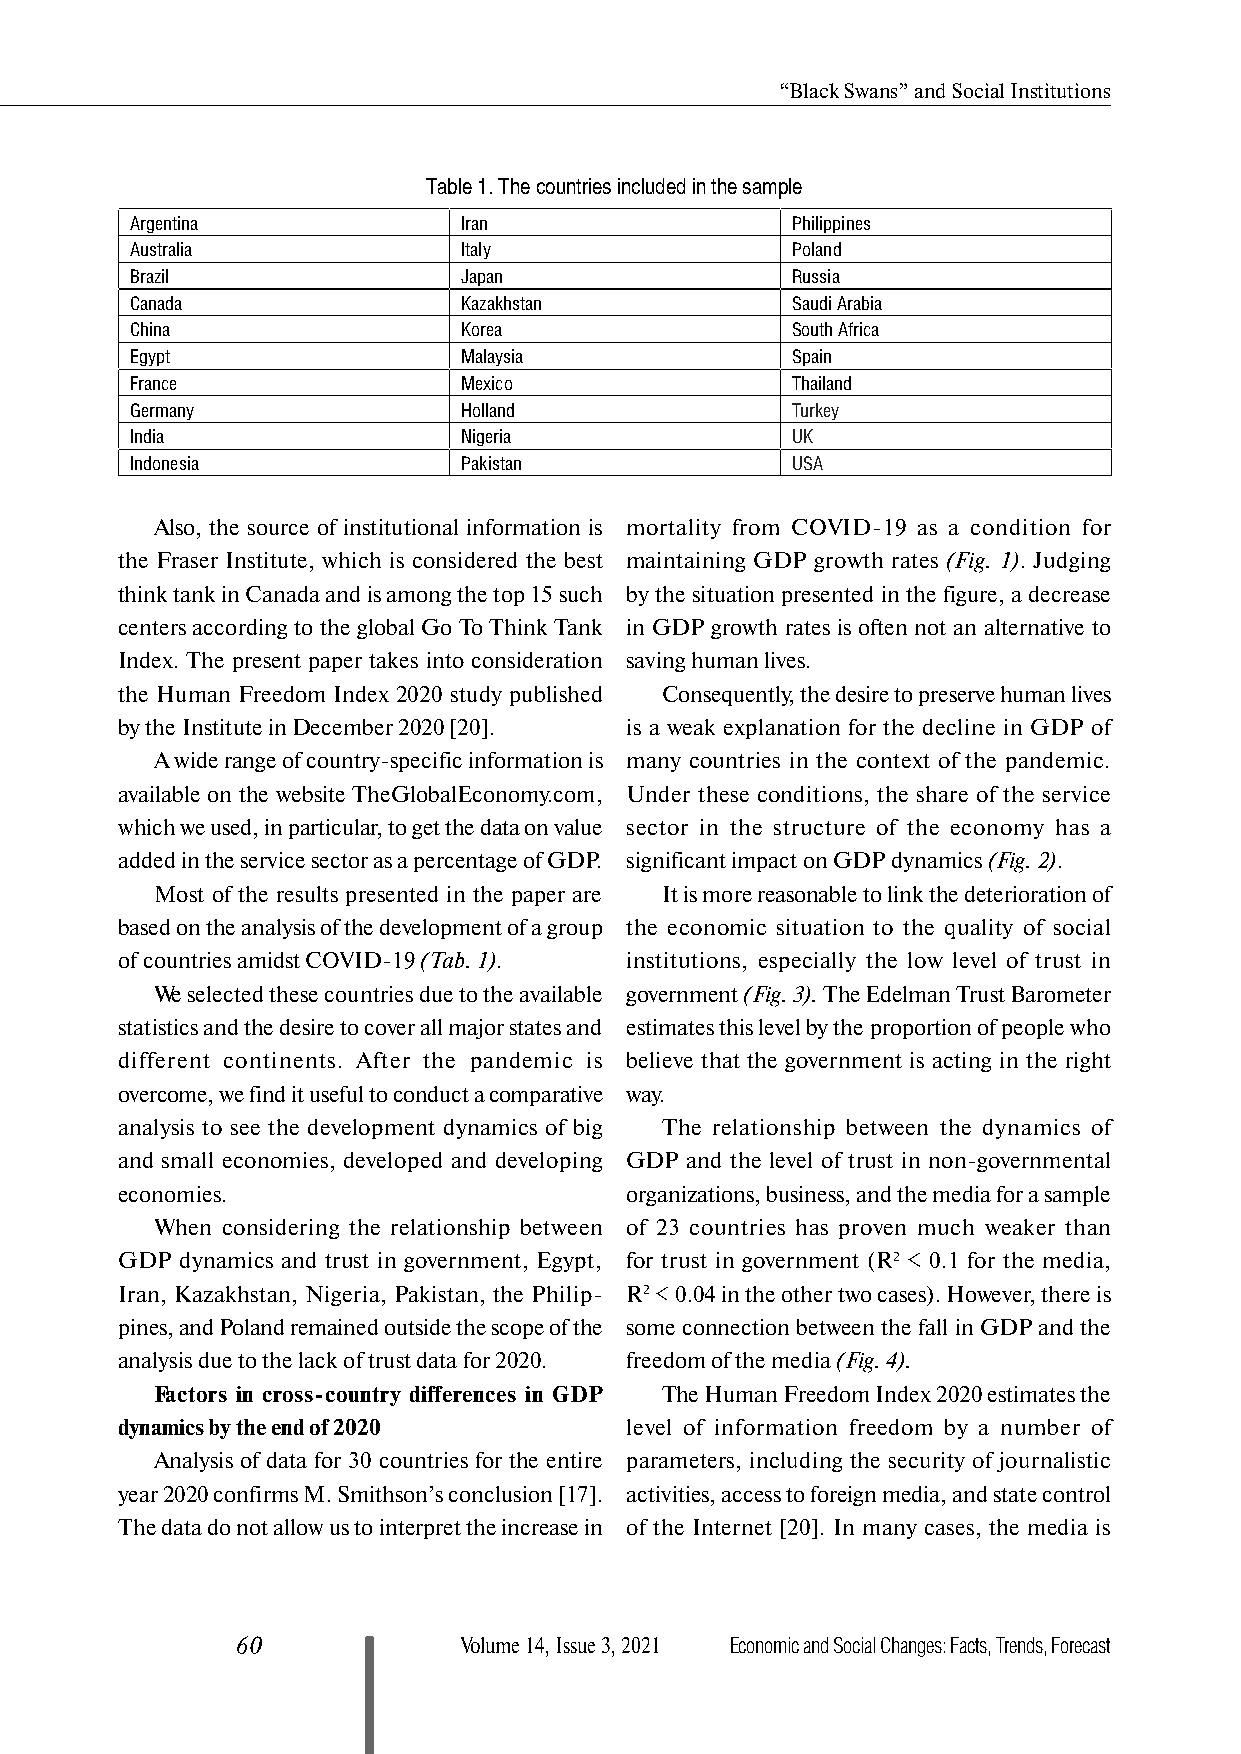
“Black Swans” and Social Institutions
 Table 1. The countries included in the sample
 Argentina             Iran                 Philippines
 Australia             Italy                Poland
 Brazil                Japan                Russia
 Canada                Kazakhstan           Saudi Arabia
 China                 Korea                South Africa
 Egypt                 Malaysia             Spain
 France                Mexico               Thailand
 Germany               Holland              Turkey
 India                 Nigeria              UK
 Indonesia             Pakistan             USA
 Also, the source of institutional information is mortality from COVID-19 as a condition for
 the Fraser Institute, which is considered the best maintaining GDP growth rates (Fig. 1). Judging
 think tank in Canada and is among the top 15 such by the situation presented in the figure, a decrease
 centers according to the global Go To Think Tank in GDP growth rates is often not an alternative to
 Index. The present paper takes into consideration saving human lives.
 the Human Freedom Index 2020 study published Consequently, the desire to preserve human lives
 by the Institute in December 2020 [20]. is a weak explanation for the decline in GDP of
 A wide range of country-specific information is many countries in the context of the pandemic.
 available on the website TheGlobalEconomy.com, Under these conditions, the share of the service
 which we used, in particular, to get the data on value sector in the structure of the economy has a
 added in the service sector as a percentage of GDP. significant impact on GDP dynamics (Fig. 2).
 Most of the results presented in the paper are It is more reasonable to link the deterioration of
 based on the analysis of the development of a group the economic situation to the quality of social
 of countries amidst COVID-19 (Tab. 1). institutions, especially the low level of trust in
 We selected these countries due to the available government (Fig. 3). The Edelman Trust Barometer
 statistics and the desire to cover all major states and estimates this level by the proportion of people who
 different continents. After the pandemic is believe that the government is acting in the right
 overcome, we find it useful to conduct a comparative way.
 analysis to see the development dynamics of big The relationship between the dynamics of
 and small economies, developed and developing GDP and the level of trust in non-governmental
 economies.                       organizations, business, and the media for a sample
 When considering the relationship between of 23 countries has proven much weaker than
 GDP dynamics and trust in government, Egypt, for trust in government (R2 < 0.1 for the media,
 Iran, Kazakhstan, Nigeria, Pakistan, the Philip- R2 < 0.04 in the other two cases). However, there is
 pines, and Poland remained outside the scope of the some connection between the fall in GDP and the
 analysis due to the lack of trust data for 2020. freedom of the media (Fig. 4).
 Factors in cross-country differences in GDP The Human Freedom Index 2020 estimates the
 dynamics by the end of 2020      level of information freedom by a number of
 Analysis of data for 30 countries for the entire parameters, including the security of journalistic
 year 2020 confirms M. Smithson’s conclusion [17]. activities, access to foreign media, and state control
 The data do not allow us to interpret the increase in of the Internet [20]. In many cases, the media is
 60            Volume 14, Issue 3, 2021 Economic and Social Changes: Facts, Trends, Forecast